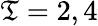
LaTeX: \mathfrak{T}=2,4